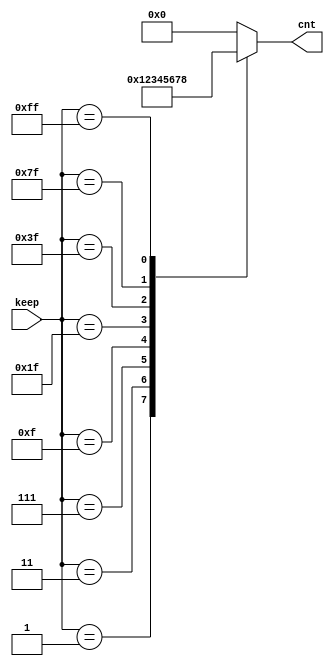
// keep_to_cnt.v --- 
// 
// Description: 
// Maintainer: 
// Version: 
// Last-Updated: 
//           By: 
//     Update #: 0
// URL: 
// Keywords: 
// Compatibility: 
// 
// 

// Commentary: 
// 
// 
// 
// 

// Change log:
// 
// 
// 

// -------------------------------------
// Naming Conventions:
// 	active low signals                 : "*_n"
// 	clock signals                      : "clk", "clk_div#", "clk_#x"
// 	reset signals                      : "rst", "rst_n"
// 	generics                           : "C_*"
// 	user defined types                 : "*_TYPE"
// 	state machine next state           : "*_ns"
// 	state machine current state        : "*_cs"
// 	combinatorial signals              : "*_com"
// 	pipelined or register delay signals: "*_d#"
// 	counter signals                    : "*cnt*"
// 	clock enable signals               : "*_ce"
// 	internal version of output port    : "*_i"
// 	device pins                        : "*_pin"
// 	ports                              : - Names begin with Uppercase
// Code:
`timescale 1ps/1ps
module keep_to_cnt (/*AUTOARG*/
   // Outputs
   cnt,
   // Inputs
   keep
   );
   input [7:0] keep;
   output [3:0] cnt;
   reg [3:0] 	cnt;
   always @(*)
     begin
	cnt = 3'h0;
	case (keep)
	  8'b0000_0001: cnt = 4'h1;
	  8'b0000_0011: cnt = 4'h2;
	  8'b0000_0111: cnt = 4'h3;
	  8'b0000_1111: cnt = 4'h4;
	  8'b0001_1111: cnt = 4'h5;
	  8'b0011_1111: cnt = 4'h6;
	  8'b0111_1111: cnt = 4'h7;
	  8'b1111_1111: cnt = 4'h8;
        endcase
     end
endmodule
// 
// keep_to_cnt.v ends here